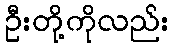
ဦးတို့ကိုလည်း